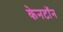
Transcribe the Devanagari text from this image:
केनटॉन